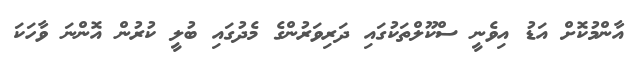
އާންމުކޮށް އަޑު އިވެނީ ސްކޫލްތަކުގައި ދަރިވަރުންގެ މެދުގައި ބުލީ ކުރުން އޮންނަ ވާހަކަ